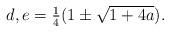
LaTeX: \begin{align*}\begin{array}{llllll}d, e = \frac{1}{4}(1 \pm \sqrt{1+4a} ). \end{array}\end{align*}